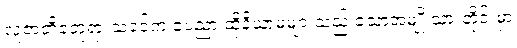
လူ့ဇာတိခံဘုရားသခင်က ခံပညာ ထိုနိယာမများသည် သောအမျိုးသားတိုင်းမှာ